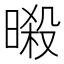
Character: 𣉜